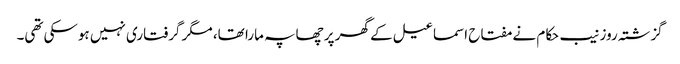
گزشتہ روز نیب حکام نے مفتاح اسماعیل کے گھر پر چھاپہ مارا تھا، مگر گرفتاری نہیں ہوسکی تھی۔